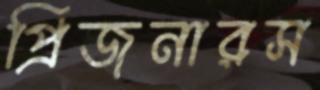
প্রিজনারস